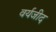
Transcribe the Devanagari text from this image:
वर्यजीद